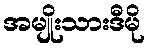
အမျိုးသားဒီမို